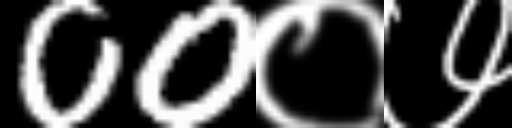
Text: 00०७